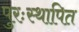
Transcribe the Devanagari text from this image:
पुरःस्थापित